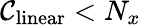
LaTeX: \mathcal{C}_{\mathrm{{linear}}}<N_{x}